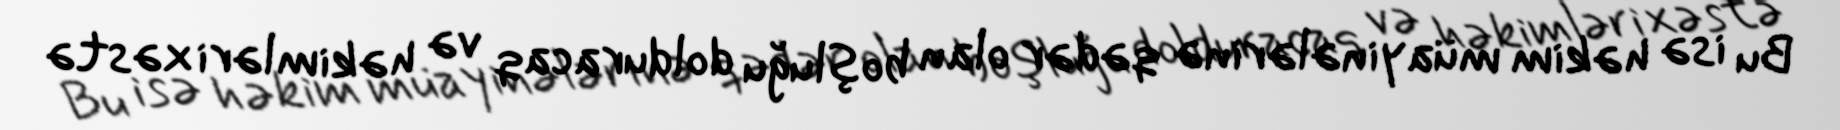
Bu isə həkim müayinələrinə qədər olan boşluğu dolduracaq və həkimləri xəstə